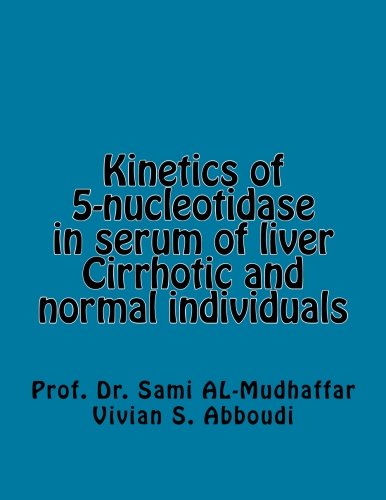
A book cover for Kinetics of 5-nucleotidase in serum of liver Cirrhotic and normal individuals: 5-nucleotidase; Prof Sami A. AL-Mudhaffar Dr.; Science & Math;